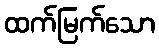
ထက်မြက်သော